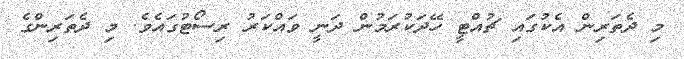
މި ދެތަރިން އެކުގައި ޗުއްޓީ ހޭދަކުރަމުން ދަނީ ވައްކަރު ރިސޯޓުގައެވެ. މި ދެތަރިންގެ